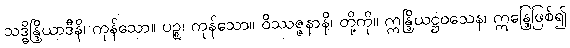
သဒ္ဓိန္ဒြိယာဒီနိ၊ ကုန်သော။ ပဉ္စ၊ ကုန်သော။ ဝိဿဇ္ဇနာနိ၊ တို့ကို။ ဣန္ဒြိယဋ္ဌဝသေန၊ ဣန္ဒြေဖြစ်၍